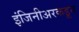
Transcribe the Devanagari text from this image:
इंजिनीअरकडून